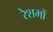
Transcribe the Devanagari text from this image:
रेशमों